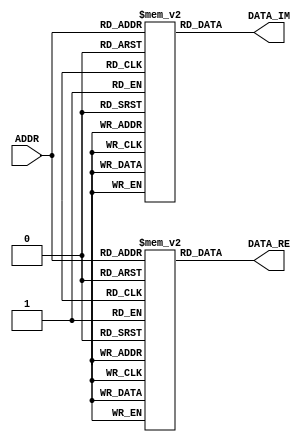
module ROM_Weight ( input[3:0] ADDR ,output[31:0] DATA_RE,output[31:0] DATA_IM);
reg [31:0] re[0:15];
reg [31:0] im[0:15];
initial  begin
re[0] = 32'h00010000;re[1] = 32'h0000FB15;re[2] = 32'h0000EC83;re[3] = 32'h0000D4DB;
re[4] = 32'h0000B505;re[5] = 32'h00008E3A;re[6] = 32'h000061F8;re[7] = 32'h000031F1;
re[8] = 32'h00000000;re[9] = 32'hFFFFCE0F;re[10] = 32'hFFFF9E08;re[11] = 32'hFFFF71C6;
re[12] = 32'hFFFF4AFB;re[13] = 32'hFFFF2B25;re[14] = 32'hFFFF137D;re[15] = 32'hFFFF04EB;
im[0] = 32'h00000000;im[1] = 32'hFFFFCE0F;im[2] = 32'hFFFF9E08;im[3] = 32'hFFFF71C6;
im[4] = 32'hFFFF4AFB;im[5] = 32'hFFFF2B25;im[6] = 32'hFFFF137D;im[7] = 32'hFFFF04EB;
im[8] = 32'hFFFF0000;im[9] = 32'hFFFF04EB;im[10] = 32'hFFFF137D;im[11] = 32'hFFFF2B25;
im[12] = 32'hFFFF4AFB;im[13] = 32'hFFFF71C6;im[14] = 32'hFFFF9E08;im[15] = 32'hFFFFCE0F;
end
assign DATA_RE = re[ADDR];
assign DATA_IM = im[ADDR];

endmodule